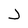
Character: J